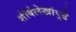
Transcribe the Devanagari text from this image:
शीर्षलेखांपुढे